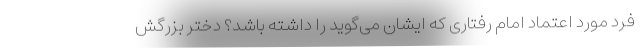
فرد مورد اعتماد امام رفتاری که ایشان می‌گوید را داشته باشد؟ دختر بزرگش